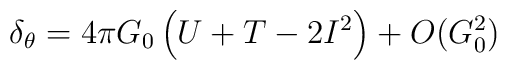
\delta_{\theta}=4 \pi G_0\left( U + T - 2I^2 \right)+ O(G_0^2)